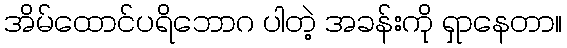
အိမ်ထောင်ပရိဘောဂ ပါတဲ့ အခန်းကို ရှာနေတာ။